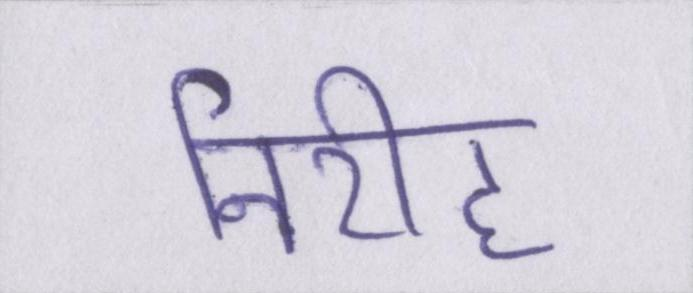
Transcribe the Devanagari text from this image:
निरीह